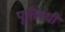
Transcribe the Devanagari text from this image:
पूतिगंधी